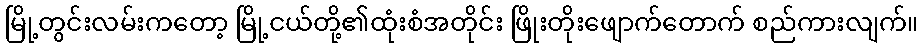
မြို့တွင်းလမ်းကတော့ မြို့ငယ်တို့၏ထုံးစံအတိုင်း ဖြိုးတိုးဖျောက်တောက် စည်ကားလျက်။